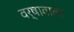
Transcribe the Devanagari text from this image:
वर्षावाला